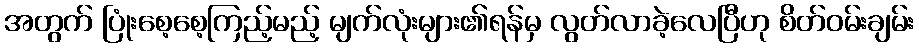
အတွက် ပြုံးစေ့စေ့ကြည့်မည့် မျက်လုံးများ၏ရန်မှ လွတ်လာခဲ့လေပြီဟု စိတ်ဝမ်းချမ်း